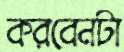
করবেনটা